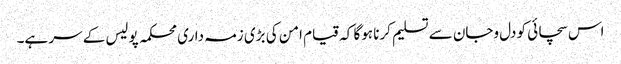
اس سچائی کو دل وجان سے تسلیم کرنا ہوگا کہ قیام امن کی بڑی زمہ داری محکمہ پولیس کے سر ہے۔